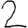
Digit: 2